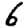
Digit: 6